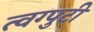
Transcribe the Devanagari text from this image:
त्वग्पुटी